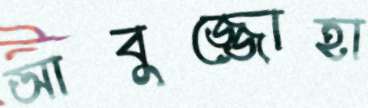
আবুজ্জোহা